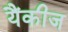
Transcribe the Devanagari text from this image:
यैंकीज